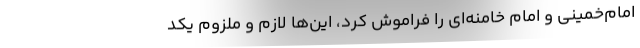
امام‌خمینی و امام خامنه‌ای را فراموش کرد، این‌ها لازم و ملزوم یکد